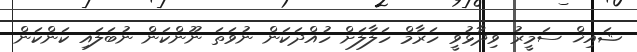
ޝައިޚް ސަމީރު ވިދާޅުވީ ހަރާމް ހަލާލަށް ހުއްދަކަން ނުވަތަ ނޫންކަން ނުބަލައި ކަންކަން